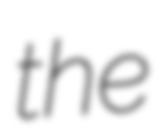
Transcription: the